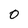
Character: 0